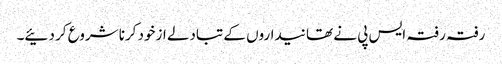
رفتہ رفتہ ایس پی نے تھانیداروں کے تبادلے ازخود کرنا شروع کر دئیے۔